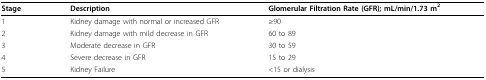
<table><thead><tr><td><b>Stage</b></td><td><b>Description</b></td><td><b>Glomerular Filtration Rate (GFR); mL/min/1.73 m<sup>2</sup></b></td></tr></thead><tbody><tr><td>1</td><td>Kidney damage with normal or increased GFR</td><td>≥90</td></tr><tr><td>2</td><td>Kidney damage with mild decrease in GFR</td><td>60 to 89</td></tr><tr><td>3</td><td>Moderate decrease in GFR</td><td>30 to 59</td></tr><tr><td>4</td><td>Severe decrease in GFR</td><td>15 to 29</td></tr><tr><td>5</td><td>Kidney Failure</td><td>&lt;15 or dialysis</td></tr></tbody></table>